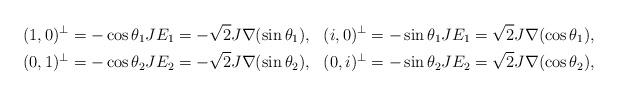
LaTeX: \begin{align*}(1,0)^{\perp}&=-\cos\theta_1JE_1=-\sqrt{2}J\nabla(\sin\theta_1),&(i,0)^{\perp}&=-\sin\theta_1JE_1=\sqrt{2}J\nabla(\cos\theta_1),\\(0,1)^{\perp}&=-\cos\theta_2JE_2=-\sqrt{2}J\nabla(\sin\theta_2),&(0,i)^{\perp}&=-\sin\theta_2JE_2=\sqrt{2}J\nabla(\cos\theta_2),\end{align*}